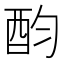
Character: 𨟴